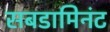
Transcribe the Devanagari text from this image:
सबडामिनंट